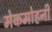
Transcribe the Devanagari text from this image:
मेकमोहनी